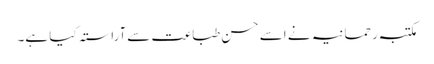
مکتبہ رحمانیہ نے اسے حسن ِطباعت سےآراستہ کیا ہے۔